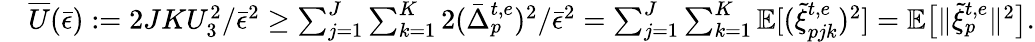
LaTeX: \begin{array}{rl}&{\overline{{U}}(\bar{\epsilon}):=2JKU_{3}^{2}/\bar{\epsilon}^{2}\geq\sum_{j=1}^{J}\sum_{k=1}^{K}2(\bar{\Delta}_{p}^{t,e})^{2}/\bar{\epsilon}^{2}=\sum_{j=1}^{J}\sum_{k=1}^{K}\mathbb{E}[(\tilde{\xi}_{pjk}^{t,e})^{2}]=\mathbb{E}\big[\| \tilde{\xi}_{p}^{t,e}\| ^{2}\big].}\end{array}